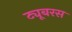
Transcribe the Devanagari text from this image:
ट्यूबरस